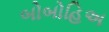
બોબોહિઅ